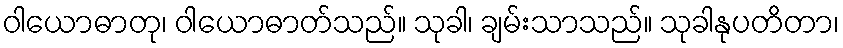
ဝါယောဓာတု၊ ဝါယောဓာတ်သည်။ သုခါ၊ ချမ်းသာသည်။ သုခါနုပတိတာ၊